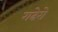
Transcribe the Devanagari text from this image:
गढेरो